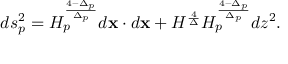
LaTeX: d s _ { p } ^ { 2 } = H _ { p } ^ { \frac { 4 - \Delta _ { p } } { \Delta _ { p } } } d { \bf x } \cdot d { \bf x } + H ^ { \frac { 4 } { \Delta } } H _ { p } ^ { \frac { 4 - \Delta _ { p } } { \Delta _ { p } } } d z ^ { 2 } .